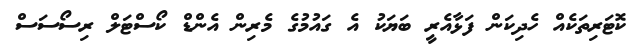
ކޮޓަރިތަކެއް ހެދިކަން ފަޅާއެރީ ބަޔަކު އެ ގައުމުގެ މެރިން އެންޑް ކޯސްޓަލް ރިސޯސަސް